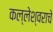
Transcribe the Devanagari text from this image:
कल्लेश्वराचे